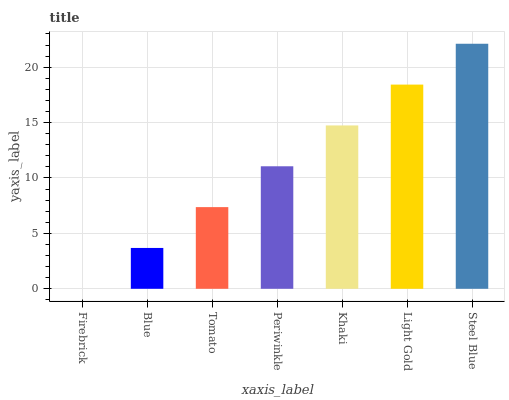
| xaxis_label | bars |
 | --- | --- |
 | Firebrick | 0 |
 | Blue | 3.69 |
 | Tomato | 7.37 |
 | Periwinkle | 11.1 |
 | Khaki | 14.7 |
 | Light Gold | 18.4 |
 | Steel Blue | 22.1 |